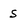
Character: s